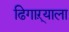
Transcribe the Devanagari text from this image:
ढिगाऱ्याला